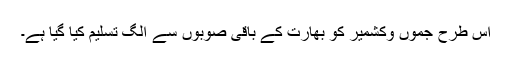
اس طرح جموں وکشمیر کو بھارت کے باقی صوبوں سے الگ تسلیم کیا گیا ہے۔